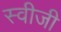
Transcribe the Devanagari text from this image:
स्वीजी